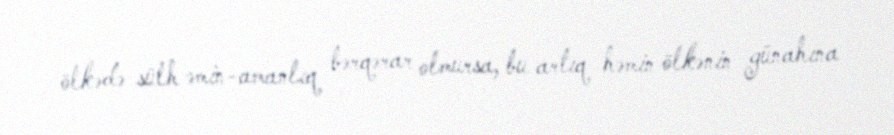
ölkədə sülh əmin-amanlıq bərqərar olmursa, bu artıq həmin ölkənin günahına